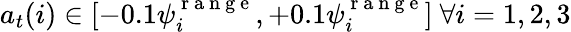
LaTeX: a_{t}(i)\in[-0.1\psi_{i}^{\mathrm{~r~a~n~g~e~}},+0.1\psi_{i}^{\mathrm{~r~a~n~g~e~}}]\ \forall i=1,2,3